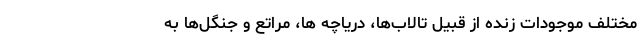
مختلف موجودات زنده از قبیل تالاب‌ها، دریاچه ها، مراتع و جنگل‌ها به